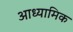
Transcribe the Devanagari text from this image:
आध्‍यामिक